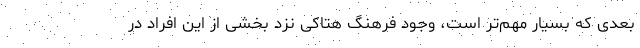
بعدی که بسیار مهم‌تر است، وجود فرهنگ هتاکی نزد بخشی از این افراد در